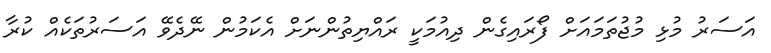
އަސަރު މުޅި މުޖުތަމައަށް ފޯރައިގެން ދިއުމަކީ ރައްޔިތުންނަށް އެކަމުން ނޭދެވޭ އަސަރުތަކެއް ކުރާ